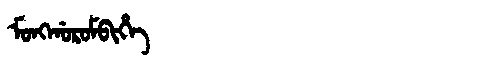
Manchu: ᠮᠣᠩᡤᠣᡵᠣᠮᠪᡳᡥᡝ
Romanization: MONGGOROMBIHE